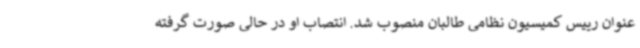
عنوان رییس کمیسیون نظامی طالبان منصوب شد. انتصاب او در حالی صورت گرفته